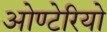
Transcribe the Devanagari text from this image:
ओण्टेरियो